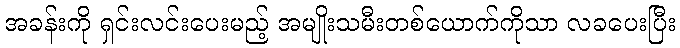
အခန်းကို ရှင်းလင်းပေးမည့် အမျိုးသမီးတစ်ယောက်ကိုသာ လခပေးပြီး